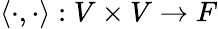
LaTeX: \langle\cdot,\cdot\rangle:V\times V\rightarrow F